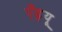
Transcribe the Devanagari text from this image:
एँड्रयू